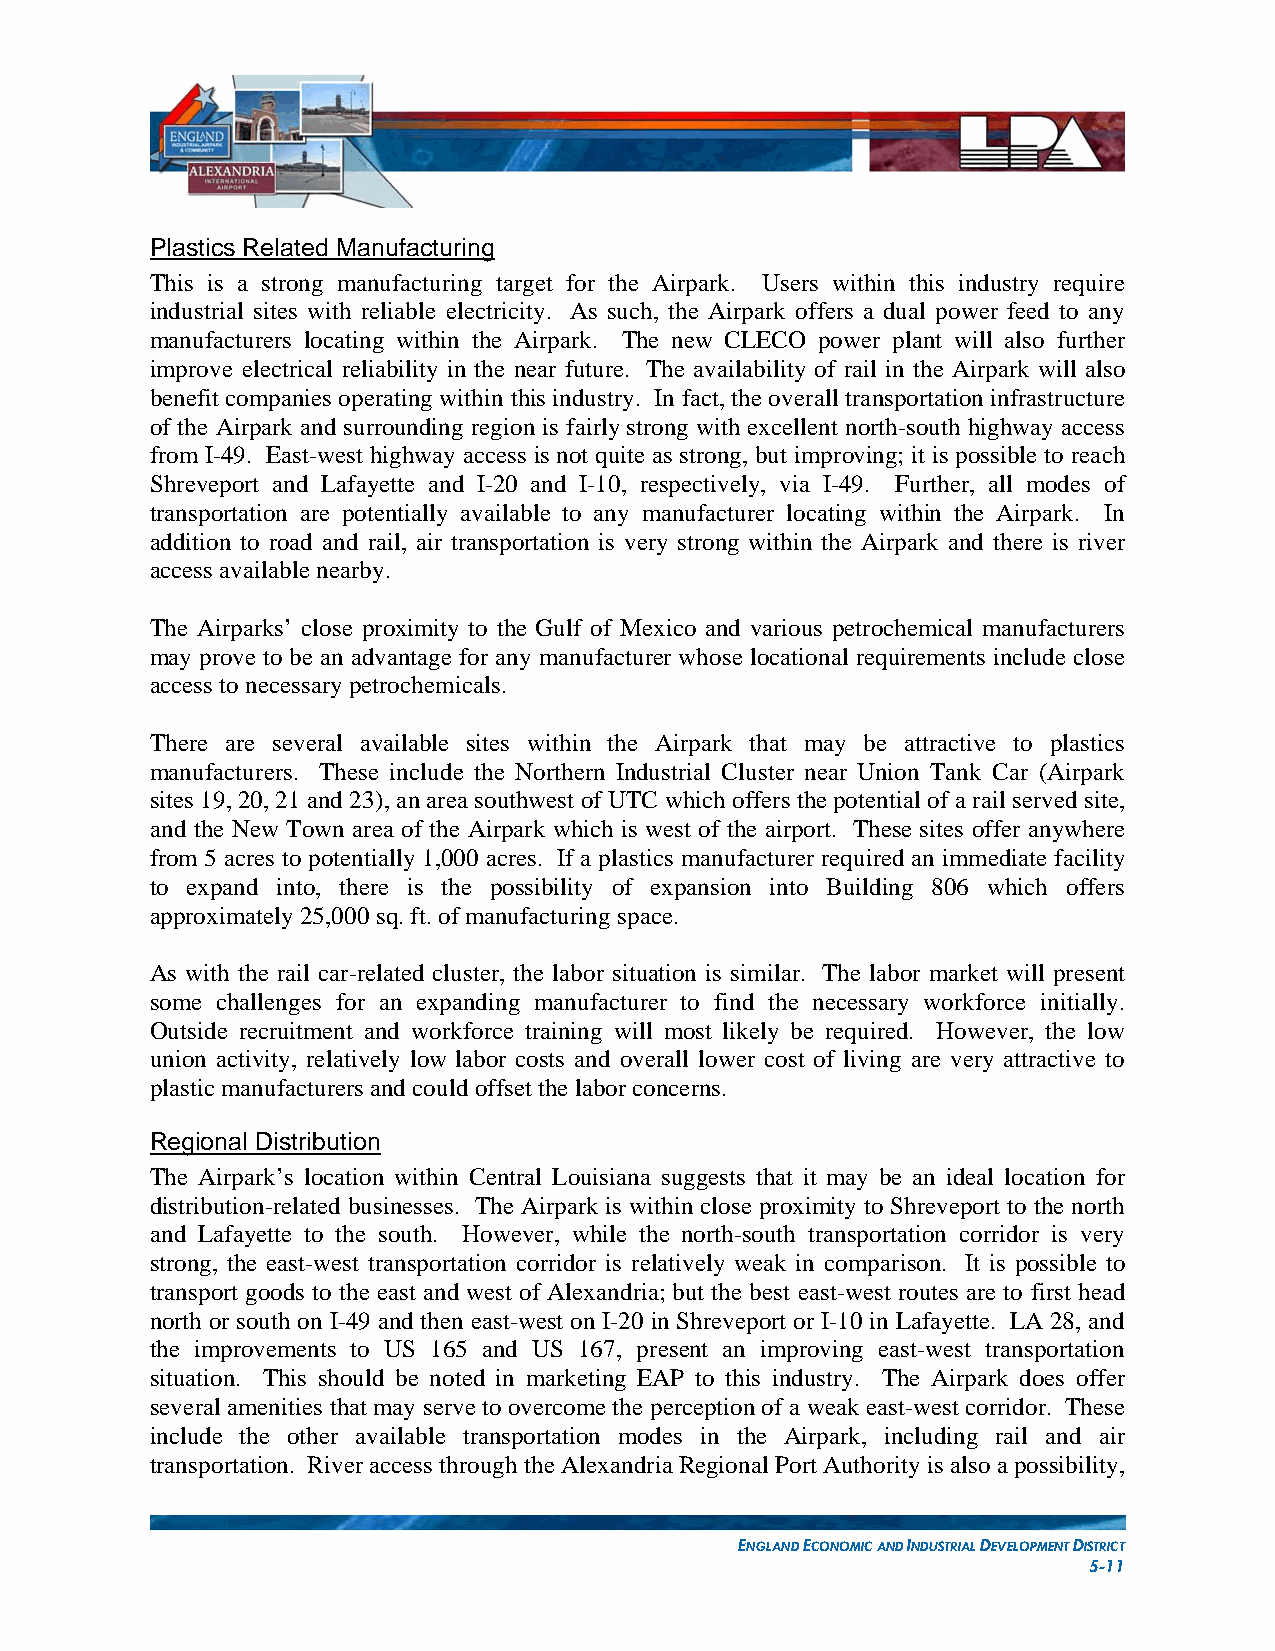
Plastics Related Manufacturing
 This is a strong manufacturing target for the Airpark. Users within this industry require
 industrial sites with reliable electricity. As such, the Airpark offers a dual power feed to any
 manufacturers locating within the Airpark. The new CLECO power plant will also further
 improve electrical reliability in the near future. The availability of rail in the Airpark will also
 benefit companies operating within this industry. In fact, the overall transportation infrastructure
 of the Airpark and surrounding region is fairly strong with excellent north-south highway access
 from I-49. East-west highway access is not quite as strong, but improving; it is possible to reach
 Shreveport and Lafayette and I-20 and I-10, respectively, via I-49. Further, all modes of
 transportation are potentially available to any manufacturer locating within the Airpark. In
 addition to road and rail, air transportation is very strong within the Airpark and there is river
 access available nearby.
 The Airparks’ close proximity to the Gulf of Mexico and various petrochemical manufacturers
 may prove to be an advantage for any manufacturer whose locational requirements include close
 access to necessary petrochemicals.
 There are several available sites within the Airpark that may be attractive to plastics
 manufacturers. These include the Northern Industrial Cluster near Union Tank Car (Airpark
 sites 19, 20, 21 and 23), an area southwest of UTC which offers the potential of a rail served site,
 and the New Town area of the Airpark which is west of the airport. These sites offer anywhere
 from 5 acres to potentially 1,000 acres. If a plastics manufacturer required an immediate facility
 to expand into, there is the possibility of expansion into Building 806 which offers
 approximately 25,000 sq. ft. of manufacturing space.
 As with the rail car-related cluster, the labor situation is similar. The labor market will present
 some challenges for an expanding manufacturer to find the necessary workforce initially.
 Outside recruitment and workforce training will most likely be required. However, the low
 union activity, relatively low labor costs and overall lower cost of living are very attractive to
 plastic manufacturers and could offset the labor concerns.
 Regional Distribution
 The Airpark’s location within Central Louisiana suggests that it may be an ideal location for
 distribution-related businesses. The Airpark is within close proximity to Shreveport to the north
 and Lafayette to the south. However, while the north-south transportation corridor is very
 strong, the east-west transportation corridor is relatively weak in comparison. It is possible to
 transport goods to the east and west of Alexandria; but the best east-west routes are to first head
 north or south on I-49 and then east-west on I-20 in Shreveport or I-10 in Lafayette. LA 28, and
 the improvements to US 165 and US 167, present an improving east-west transportation
 situation. This should be noted in marketing EAP to this industry. The Airpark does offer
 several amenities that may serve to overcome the perception of a weak east-west corridor. These
 include the other available transportation modes in the Airpark, including rail and air
 transportation. River access through the Alexandria Regional Port Authority is also a possibility,
 ENGLAND ECONOMIC AND INDUSTRIAL DEVELOPMENT DISTRICT
 5-11